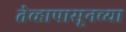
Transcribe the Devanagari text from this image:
तेव्हापासूनच्या